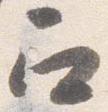
召